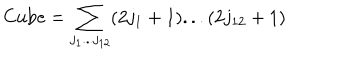
\mathrm { C u b e } = \sum _ { j _ { 1 } . . . j _ { 1 2 } } ( 2 j _ { 1 } + 1 ) . . . ( 2 j _ { 1 2 } + 1 )